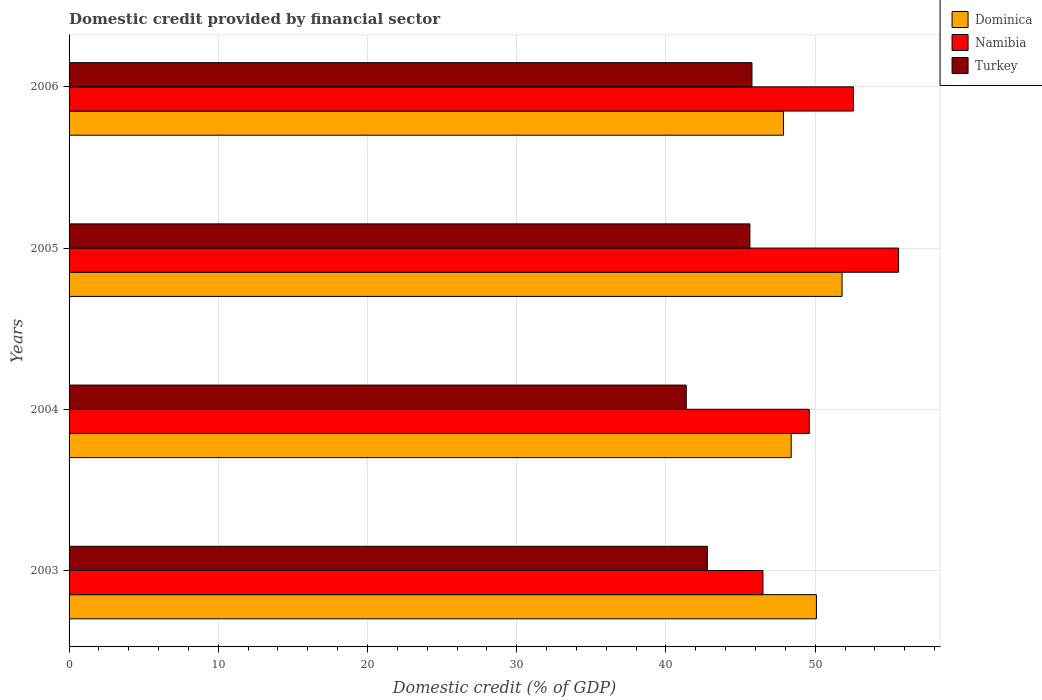
| Years | Dominica | Namibia | Turkey |
 | --- | --- | --- | --- |
 | 2003 | 50.1 | 46.5 | 42.8 |
 | 2004 | 48.4 | 49.6 | 41.4 |
 | 2005 | 51.8 | 55.6 | 45.6 |
 | 2006 | 47.9 | 52.6 | 45.8 |